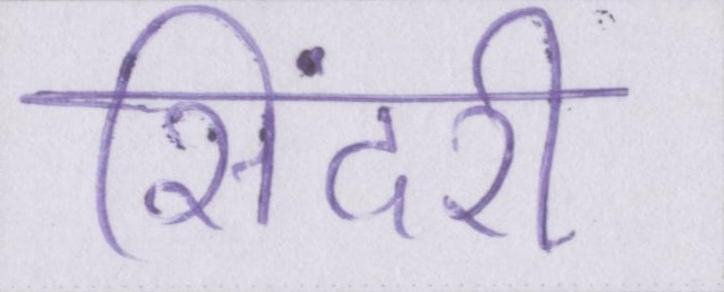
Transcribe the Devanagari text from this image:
सिंदरी